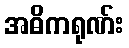
အဓိကရုဏ်း